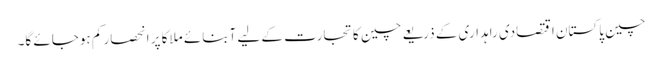
چین پاکستان اقتصادی راہداری کے ذریعے چین کا تجارت کے لیے آبنائے ملاکا پر انحصار کم ہوجائے گا۔